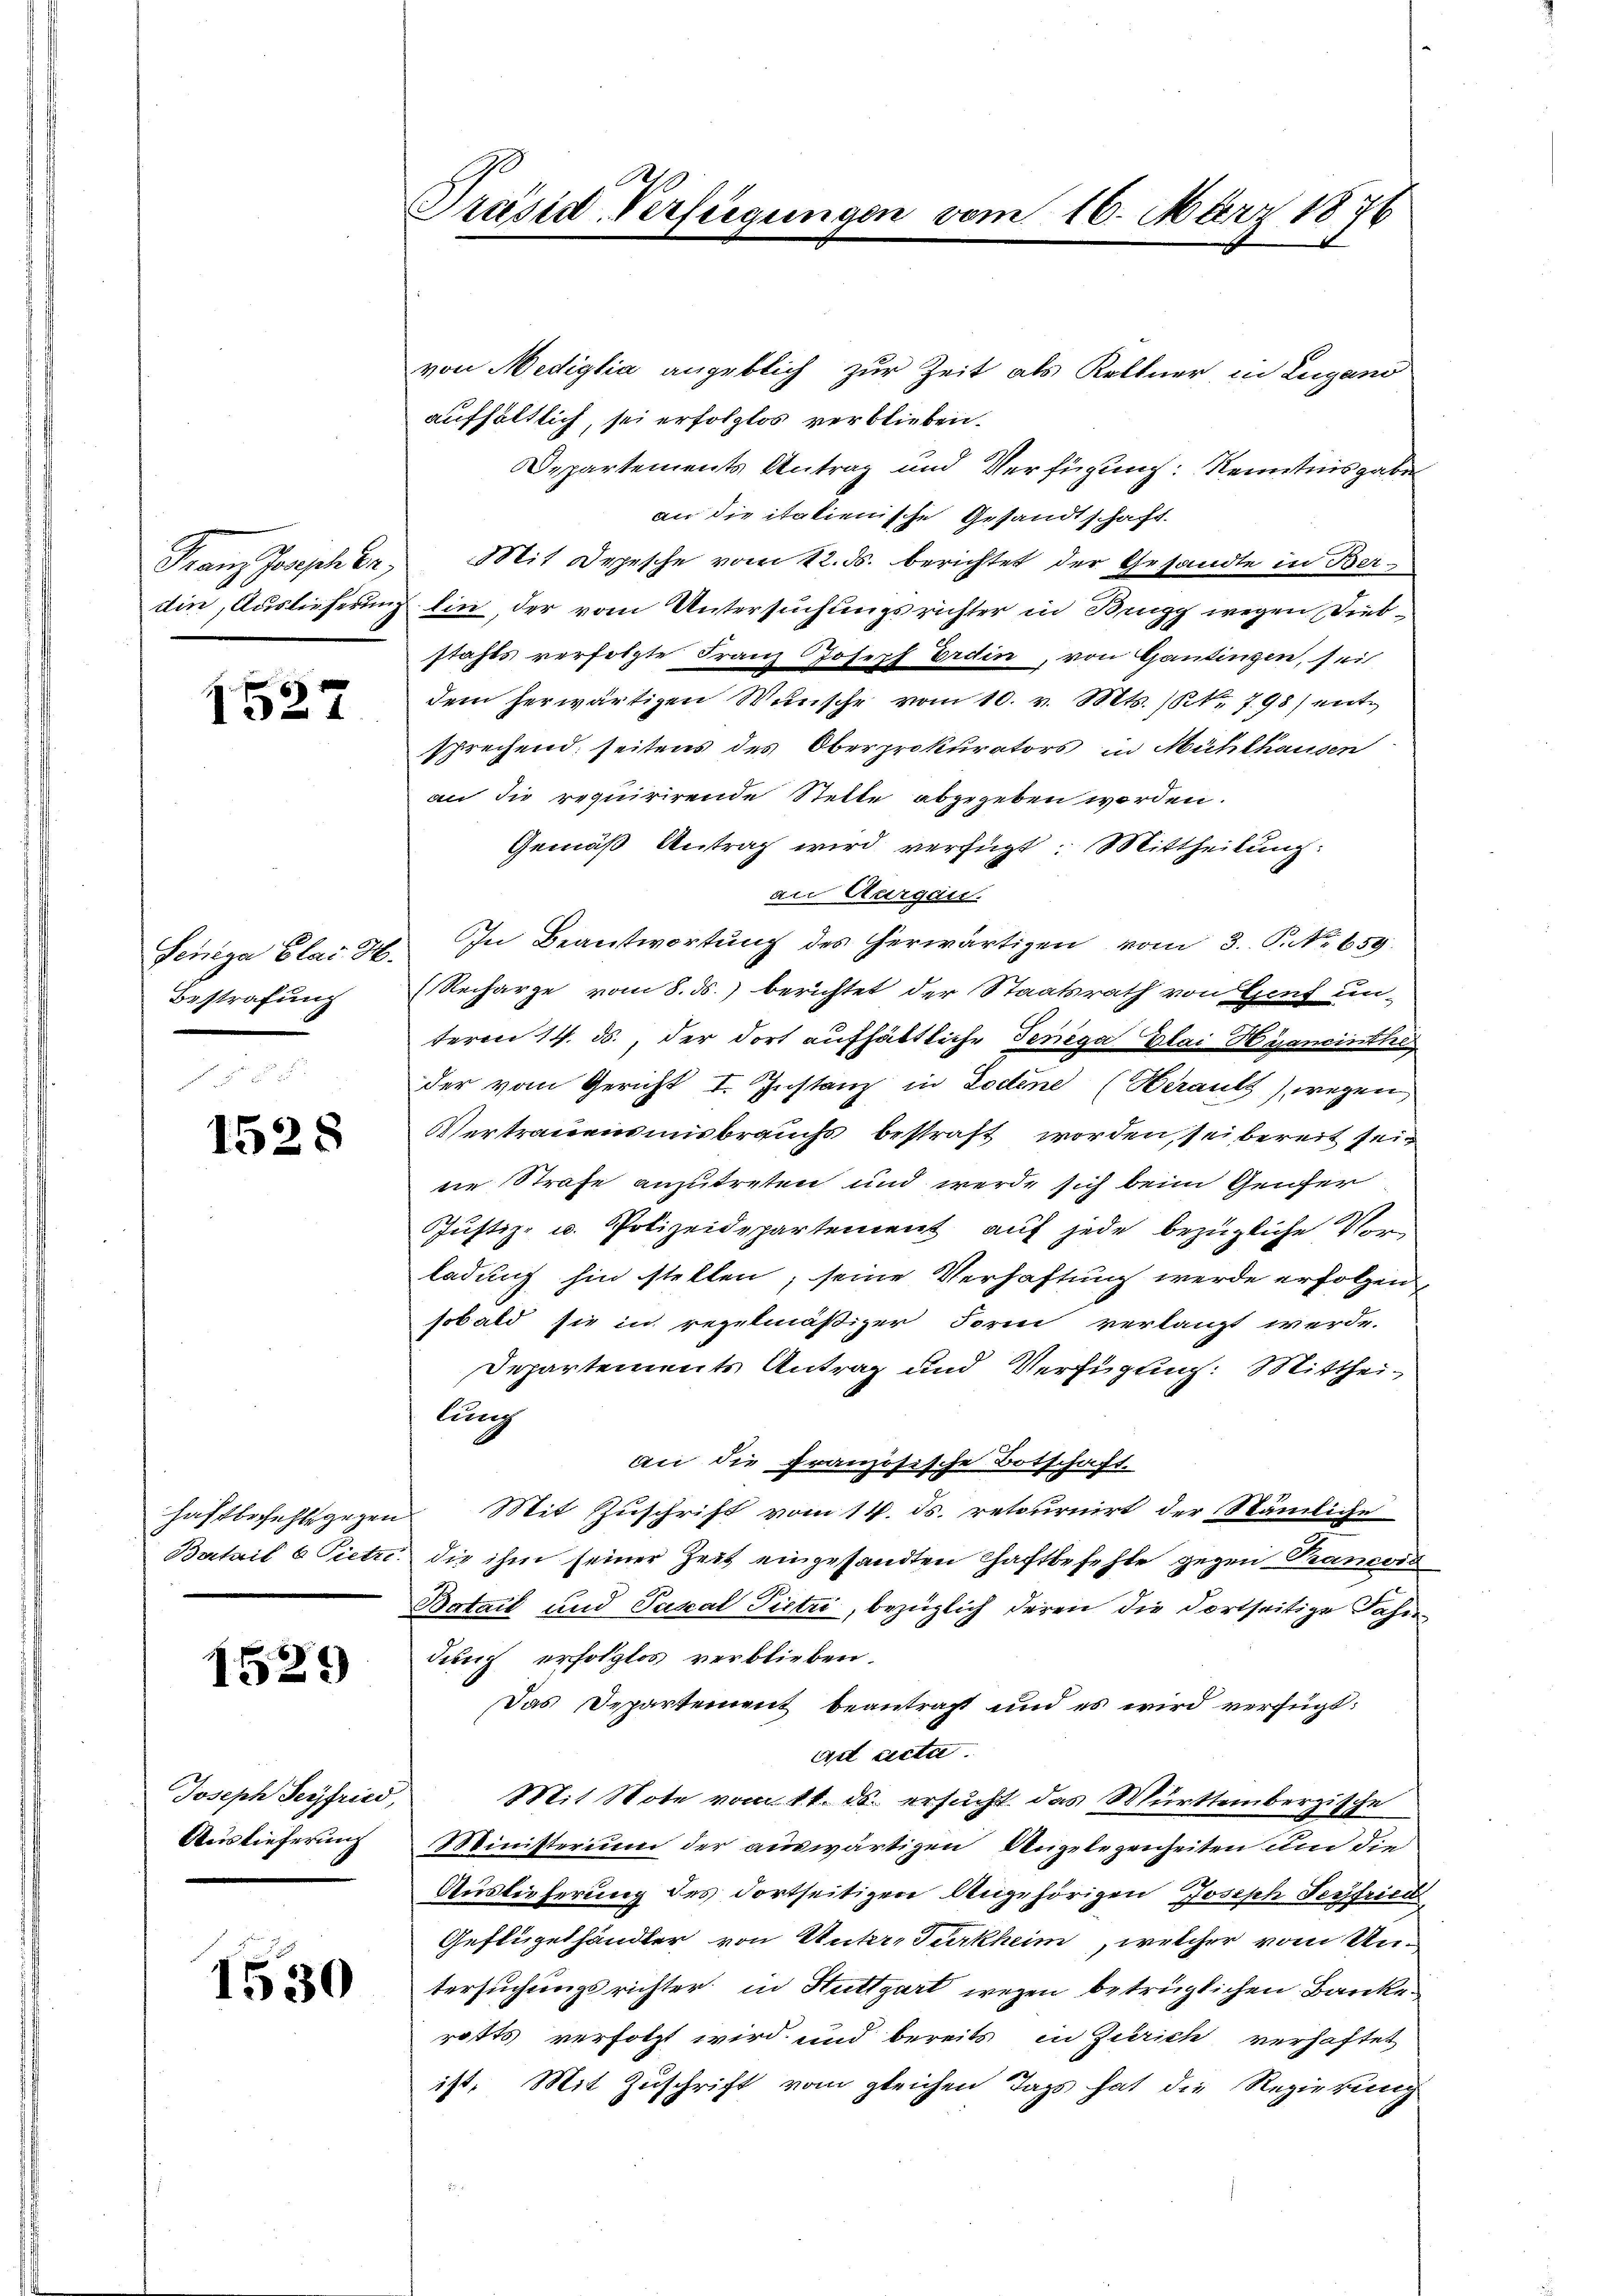
Franz Grasch ber,

1527

Senija Blai H.
Bestrafung

1528

Batail 6 Pietze

1529

Joseph Seyfried,
Auslieferung

1530

Präsid Verfügung.

von Mediglia angeblich zur Zeit als Keltner, in Lugano
aufhältlich, sei erfolglos verblieben.
Departements Antrag und Verfügung: Kenntnisgabe
an die italienische Gesandtschaft.
Mit Depesche vom 12. d. berichtet der Gesandte in Berdin, Auslieferung lin, der vom Untersuchungsrichter in Brugg wegen Diebstahls verfolgte Franz Joseph Erdin, von Gantinzen, sei
dem herwärtigen Wünsche vom 10. v. Mts. S. 798) entsprechend seitens des Oberprokurators in Mühlhausen
an die requirirende Stelle abgegeben worden.
Gemäß Antrag wird verfügt: Mittheilung:
an Aurgau.
In Beantwortung des herwärtigen vom 3. P. No 659.
Recharge vom 8. ds. berichtet der Staatsrath von Genf un-
term 14. ds., der dort aufhältliche Tenega Plai Hyancinthe
der vom Gericht I. Instanz in Lodene (Heraus), wegen
Vertrauensmisbrauchs bestraft worden, sei bereit sein
ne Strafe anzutreten und werde sich beim Genfer
Justiz- u. Polizeidepartement auf jede bezügliche Vorladung hin stellen; seine Verhaftung werde erfolgen,
sobald sie in regelmäßiger Form verlangt werde.
Departements Antrag und Verfügung: Mittheilung
an die französische Botschaft
haftbefehlgegen. Mit Zuschrift vom 14. ds. retournirt der Nämliche
die ihm seiner Zeit eingesandten Chaftbefehle gegen Prancois
Batail und Pakal Pietri, bezüglich deren die dortseitige Fahn
darf erfolglos verblieben.
Das Departement beantragt und es wird verfügt:
ad acta.
Mit Note vom 11. ds. ersucht das Mürttembergische
Ministerium der auswärtigen Angelegenheiten und die
Auslieferung des dortseitigen Angehörigen Joseph Seyfried
Geflügelhändler von Unter-Turkheim, welcher vom Untersuchungsrichter in Stuttgart wegen betrüglichen Bankerotts verfolgt wird und bereits in Zürich verhaftet
ist. Mit Zuschrift vom gleichen Tags hat die Regierung

16. März 1876